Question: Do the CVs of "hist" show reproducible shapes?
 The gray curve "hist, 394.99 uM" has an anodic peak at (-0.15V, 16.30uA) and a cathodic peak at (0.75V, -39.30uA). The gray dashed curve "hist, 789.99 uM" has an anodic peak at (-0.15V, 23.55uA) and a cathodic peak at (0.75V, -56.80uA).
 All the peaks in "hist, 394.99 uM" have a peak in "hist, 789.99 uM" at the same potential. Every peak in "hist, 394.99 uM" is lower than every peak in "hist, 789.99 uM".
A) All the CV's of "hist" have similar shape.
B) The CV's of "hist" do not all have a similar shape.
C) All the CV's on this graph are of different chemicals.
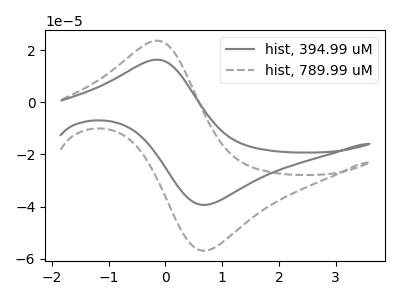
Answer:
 <answer>A) All the CV's of "hist" have similar shape.</answer>
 <eval>A</eval>